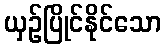
ယှဉ်ပြိုင်နိုင်သော